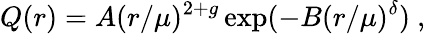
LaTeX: Q(r)=A(r/\mu)^{2+g}\exp(-B(r/\mu)^{\delta})~,